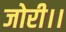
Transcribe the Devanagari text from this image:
जोरी।।